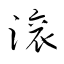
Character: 滾